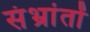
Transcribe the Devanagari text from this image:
संभ्रांतों